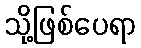
သို့ဖြစ်ပေရာ